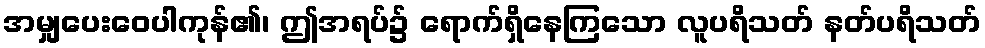
အမျှပေးဝေပါကုန်၏၊ ဤအရပ်၌ ရောက်ရှိနေကြသော လူပရိသတ် နတ်ပရိသတ်